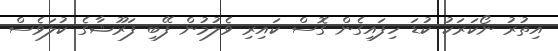
އިތުރު ނޯކަރަކު ކުޑަ ހިފައިގެން ގޮސް ކައިރި ވެލުމުން ފޭބި ފަރޫޝާގެ ކުލަވެސް